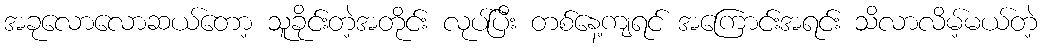
အခုလောလောဆယ်တော့ သူခိုင်းတဲ့အတိုင်း လုပ်ပြီး တစ်နေ့ကျရင် အကြောင်းအရင်း သိလာလိမ့်မယ်တဲ့